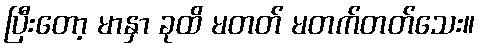
ပြီးတော့ မာနှာ ခုထိ မတတ် မတက်တတ်သေး။